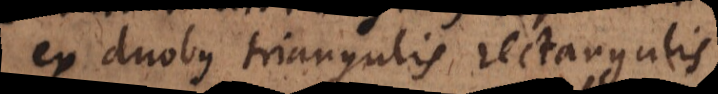
ex duobus triangulis rectangulis